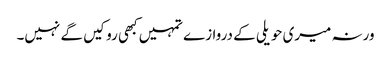
ورنہ میری حویلی کے دروازے تمہیں کبھی روکیں گے نہیں۔